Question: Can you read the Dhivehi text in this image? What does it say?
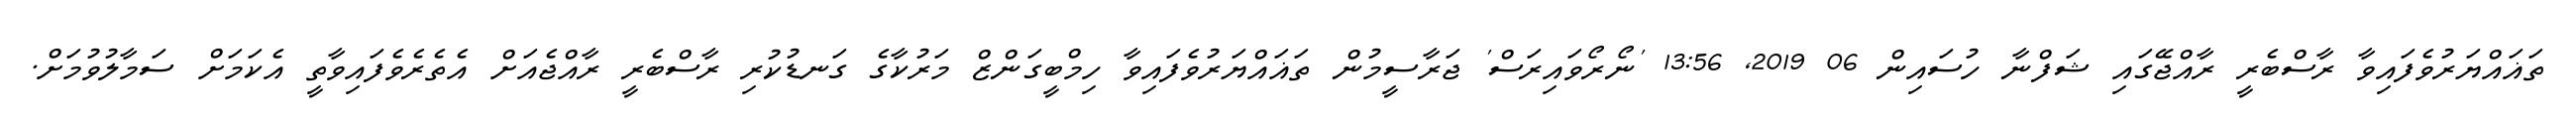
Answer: ތަޣައްޔަރުވެފައިވާ ރާސްބެރީ ރާއްޖޭގައި ޝަފްނާ ހުސައިން 06 2019, 13:56 'ނޯރޯވައިރަސް' ޖަރާސީމުން ތަޣައްޔަރުވެފައިވާ ހިމްބީގަންޒް މަރުކާގެ ގަނޑުކުރި ރާސްބެރީ ރާއްޖެއަށް އެތެރެވެފައިވާތީ އެކަމަށް ސަމާލުވުމަށް.